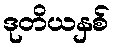
ဒုတိယနှစ်